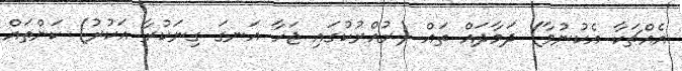
އެއްޗަކާ އެކުނުވާ) ދަމާދައް ތައް (ރުއްރުކުގައި ޖަހާ އަނގަ ގިނަކުރާ އަކުރު) ކަންތައް